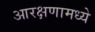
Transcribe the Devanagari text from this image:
आरक्षणामध्ये